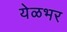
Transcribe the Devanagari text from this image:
येळभर